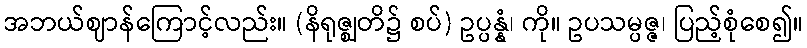
အဘယ်ဈာန်ကြောင့်လည်း။ (နိရုဇ္ဈတိ၌ စပ်) ဥပ္ပန္နံ၊ ကို။ ဥပသမ္ပဇ္ဇ၊ ပြည့်စုံစေ၍။